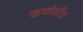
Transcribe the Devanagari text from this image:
खयोलीय